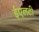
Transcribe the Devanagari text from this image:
ईएलटी